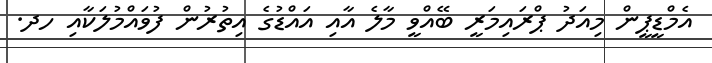
އެމްޑީޕީން މިއަދު ޕްރައިމަރީ ބޭއްވީ މާލެ އާއި އައްޑުގެ އިތުރުން ފުވައްމުލަކާއި ހދ.